Indian journal of veterinary science and animal husbandry - Volumes 22-23, 1952-1953
Year: 1952
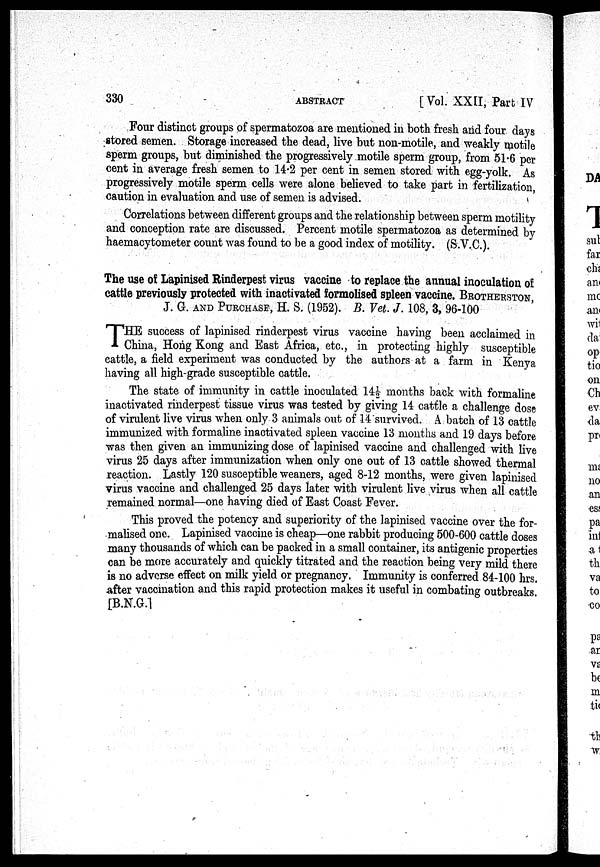
330
ABSTRACT
[Vol. XXII, Part IV
Four distinct groups of spermatozoa are mentioned in both fresh and four days
stored semen. Storage increased the dead, live but non-motile, and weakly motile
sperm groups, but diminished the progressively motile sperm group, from 51.6 per
cent in average fresh semen to 14.2 per cent in semen stored with egg-yolk. As
progressively motile sperm cells were alone believed to take part in fertilization,
caution in evaluation and use of semen is advised.
Correlations between different groups and the relationship between sperm motility
and conception rate are discussed. Percent motile spermatozoa as determined by
haemacytometer count was found to be a good index of motility. (S.V.C.).
The use of Lapinised Rinderpest virus vaccine to replace the annual inoculation of
cattle previously protected with inactivated formolised spleen vaccine.BROTHERSTON,
J. G. AND PURCHASE, H. S. (1952). B. Vet. J. 108, 3, 96-100
T HE success of lapinised rinderpest virus vaccine having been acclaimed in
China, Hong Kong and East Africa, etc., in protecting highly susceptible
cattle, a field experiment was conducted by the authors at a farm in Kenya
having all high-grade susceptible cattle.
The state of immunity in cattle inoculated 14½ months back with formaline
inactivated rinderpest tissue virus was tested by giving 14 cattle a challenge dose
of virulent live virus when only 3 animals out of 14 survived. A batch of 13 cattle
immunized with formaline inactivated spleen vaccine 13 months and 19 days before
was then given an immunizing dose of lapinised vaccine and challenged with live
virus 25 days after immunization when only one out of 13 cattle showed thermal
reaction. Lastly 120 susceptible weaners, aged 8-12 months, were given lapinised
virus vaccine and challenged 25 days later with virulent live virus when all cattle
remained normal—one having died of East Coast Fever.
This proved the potency and superiority of the lapinised vaccine over the for-
malised one. Lapinised vaccine is cheap—one rabbit producing 500-600 cattle doses
many thousands of which can be packed in a small container, its antigenic properties
can be more accurately and quickly titrated and the reaction being very mild there
is no adverse effect on milk yield or pregnancy. Immunity is conferred 84-100 hrs.
after vaccination and this rapid protection makes it useful in combating outbreaks.
[B.N.G.]